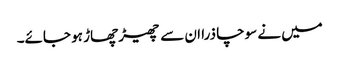
میں نے سوچا ذرا ان سے چھیڑ چھاڑ ہو جائے۔